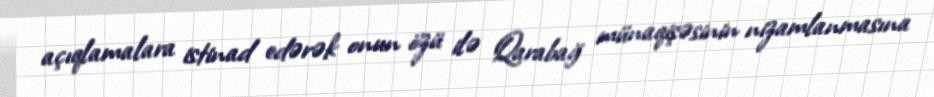
açıqlamalara istinad edərək onun özü ilə Qarabağ münaqişəsinin nizamlanmasına